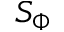
S _ { \Phi }